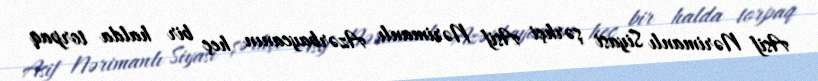
Asif Nərimanlı Siyasi şərhçi Asif Nərimanlı Azərbaycanın heç bir halda torpaq